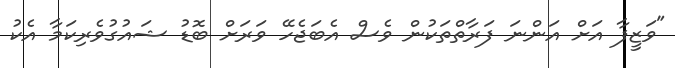
"ވަޒީފާ އަށް އަންނަ ފަރާތްތަކުން ވެސް އެބަޖެހޭ ވަރަށް ބޮޑު ޝައުގުވެރިކަމާ އެކު